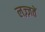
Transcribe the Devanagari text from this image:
लज़्ज़तें